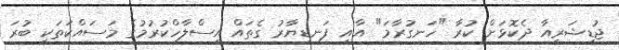
ޖުޑީޝަރީއާ ދެކޮޅަށް ކުރާ "ހަނގުރާމަ" އާއި ފަނޑިޔާރު ގެތައް އިސްލާހްކުރުމުގެ މަސައްކަތަކީ ބުރަ